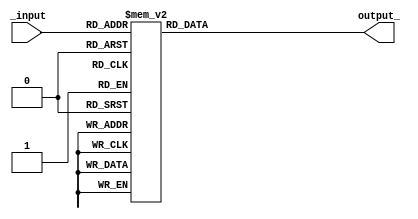
module seteSegmentos (_input, output_) ;
	input [3:0] _input;
	output reg [6:0] output_;
	always@(*)begin
		case (_input)
			4'b0000 : output_ <= 7'b1000000;
			4'b0001 : output_ <= 7'b1111001;
			4'b0010 : output_ <= 7'b0100100;
			4'b0011 : output_ <= 7'b0110000;
			4'b0100 : output_ <= 7'b0011001;
			4'b0101 : output_ <= 7'b0010010;
			4'b0110 : output_ <= 7'b0000010;
			4'b0111 : output_ <= 7'b1111000;
			4'b1000 : output_ <= 7'b0000000;
			4'b1001 : output_ <= 7'b0011000;
			default: output_ <= 7'b1000000;
		endcase
	end
endmodule